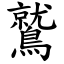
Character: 鷲